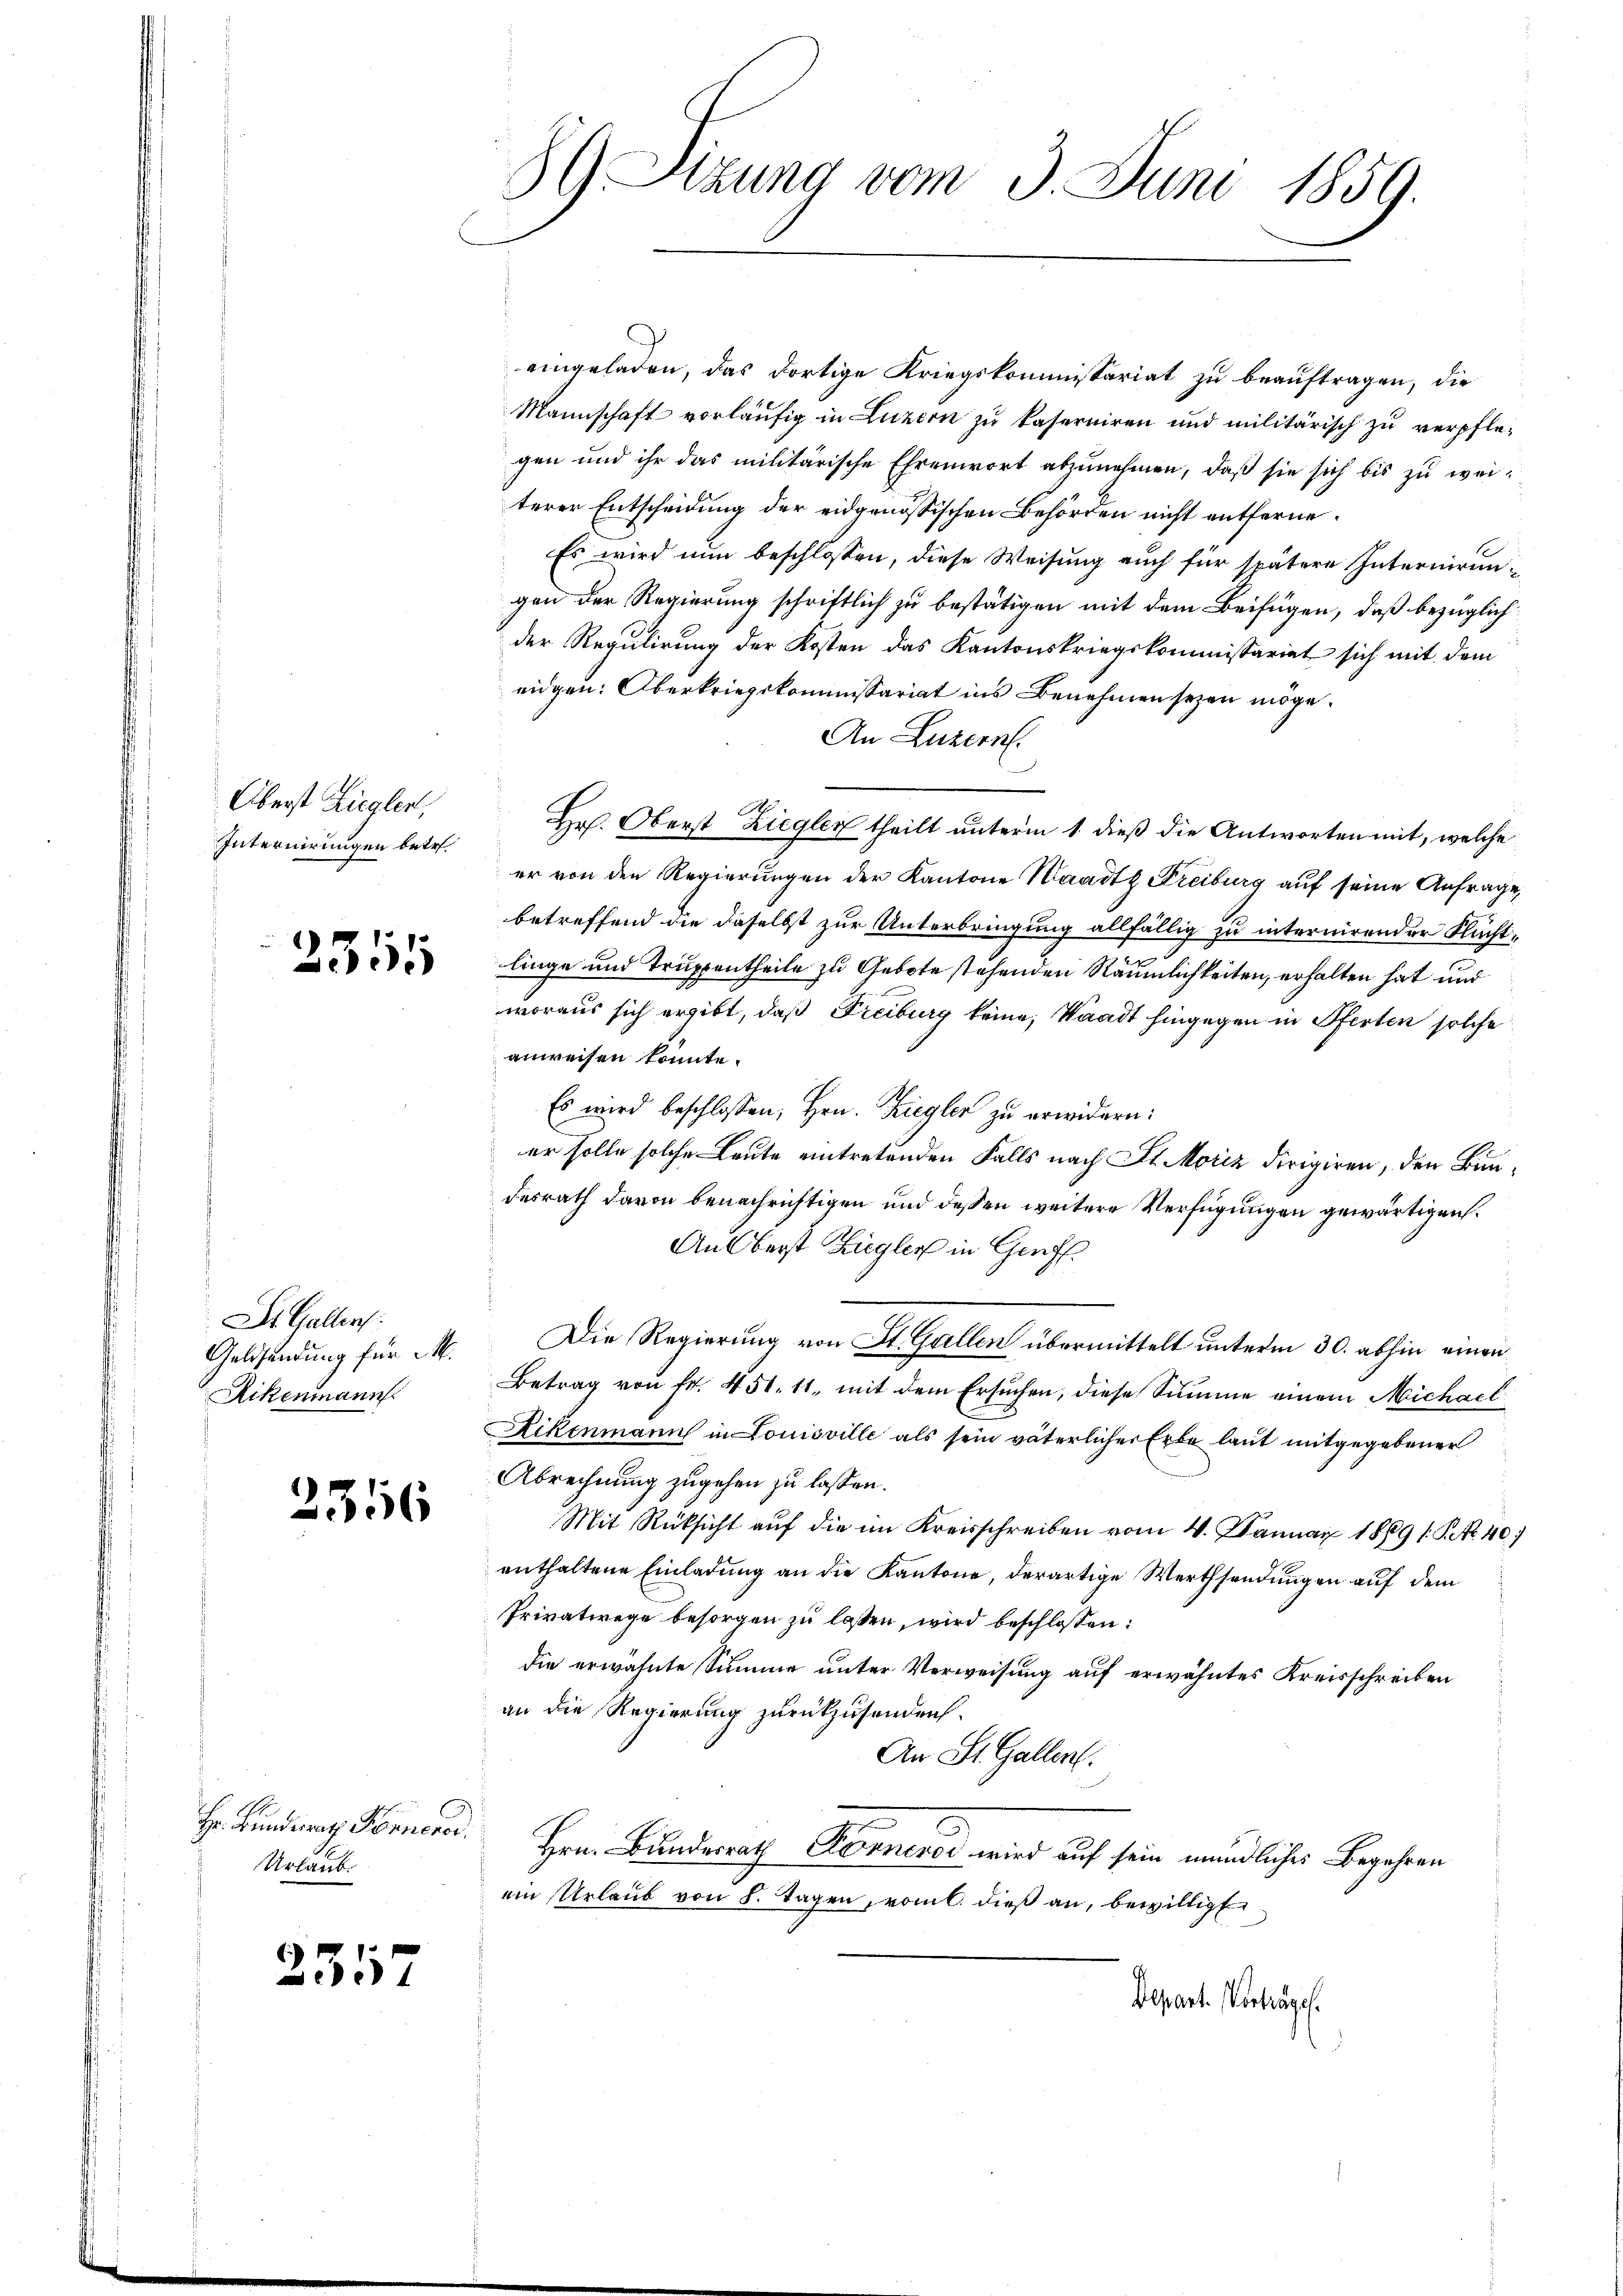
Überst Ziegler,
Internirungen betr.

2315

St. Gallen.
Geldsendung für M.
Rikenmann

2356

Hr. Bundesrath Fornerer.
Urlaub.

255

59 Etzung vom 3. Juni 1859.

eingeladen, das dortige Kriegskommissariat zu beauftragen, die
Mannschaft vorläufig in Luzern zu kaserniren und militärisch zu verpflegen und ihr das militärische Ehrenwort abzunehmen, daß sie sich bis zu weiterer Entscheidung der eidgenössischen Behörden nicht entferne¬
Es wird nun beschlossen, diese Weisung auch für spätere Internirungen der Regierung schriftlich zu bestätigen mit dem Beifügen, daß bezüglich
der Regulirung der Kosten das Kantonskriegskommissariat sich mit dem
eidgen: Oberkriegskommissariat ins Benehmen seyen möge.
An Luzern.
Hr. Oberst Ziegler theilt unterm 1. dieß die Antworten mit, welche
er von den Regierungen der Kantone Waadt Freiburg auf seine Anfrage,
betreffend die daselbst zur Unterbringung allfällig zu internirender Fluchtlinge und Truppentheile zu Gebote stehenden Räumlichkeiten, erhalten hat und
woraus sich ergibt, daß Freiburg keine, Waadt hingegen in Pferten solche
anweisen könnte.
Es wird beschlossen, Hrn. Ziegler zu erwidern:
er solle solche Leute eintretenden Falls nach St. Moriz dirigiren, den Bundesrath davon benachrichtigen und dessen weitere Verfügungen gewärtigen.
An Oberst Ziegler in Genf.
Die Regierung von St. Gallen übermittelt unterm 30. abhin einen
Betrag von fr. 451. 11, mit dem Ersuchen, diese Summe einem Michael
Rikenmann in Louisville als sein väterlicher Erbe laut mitgegebener
Abrechnung zugehen zu lassen.
Mit Rücksicht auf die im Kreisschreiben vom 4. Januar 1869 s. S. 40
enthaltene Einladung an die Kantone, derartige Werthsendungen auf dem
Privatwege besorgen zu lassen, wird beschlossen:
die erwähnte Summe unter Verweisung auf erwähntes Kreisschreiben
an die Regierung zurückzusenden.
An St. Gallen.
Hrn. Bundesrath Dorneros wird auf sein mündliches Begehren
ein Urlaub von 8. Tagen, vom l. dieß an, bewilligt
Depart. Vorträge.